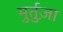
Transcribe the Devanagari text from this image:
मुर्तुज़ा